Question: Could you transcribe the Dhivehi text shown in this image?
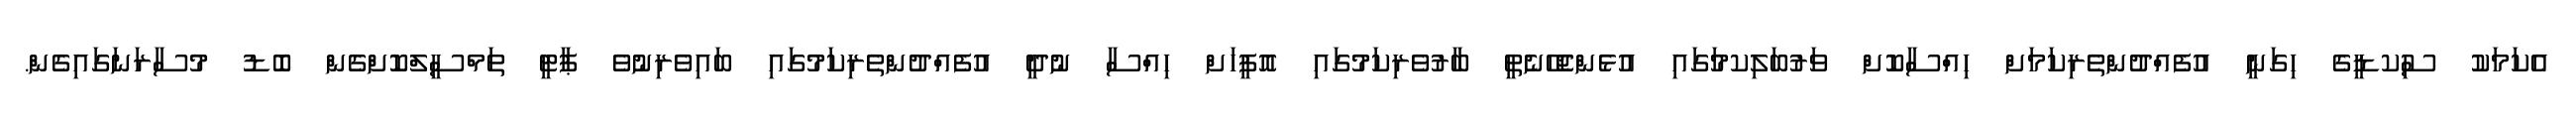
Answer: އެކަމަކު ސިުކޑީގެ ހިގަނީ އުފެއްދުންތެރިކަމަށް ހިއްސާކޮށް ވަރުބަލިކމަުގައި އުޅެންޖެހޭނެތީ ބާރުވެރިކަމުގައި އޮފީހަށް ހިއްސާ ނުދީ އުފެއްދުންތެރިކަމުގައި ބައިވެރިނުވެ ޕާޓީ ތަމްސީލްކޮށްގެން ބޮޑު މުސާރަނަގައިގެން.